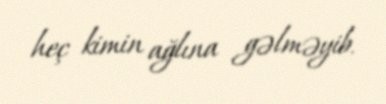
heç kimin ağlına gəlməyib.